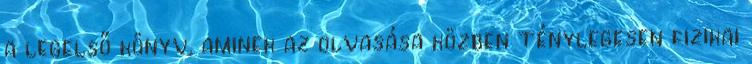
a legelső könyv, aminek az olvasása közben ténylegesen fizikai